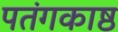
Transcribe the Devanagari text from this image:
पतंगकाष्ठ